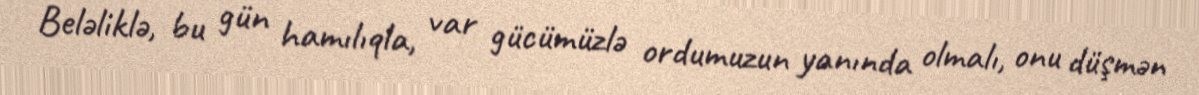
Beləliklə, bu gün hamılıqla, var gücümüzlə ordumuzun yanında olmalı, onu düşmən